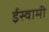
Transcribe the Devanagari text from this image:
ईस्वामी